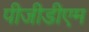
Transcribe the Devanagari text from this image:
पीजीडीएम